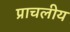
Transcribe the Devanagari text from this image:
प्राचलीय